Problem: 18 + 24 = ?
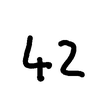
Handwritten answer: 42